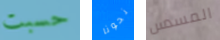
حسبت نحونا المسدس